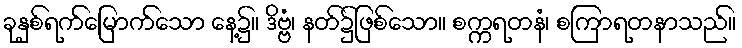
ခုနှစ်ရက်မြောက်သော နေ့၌။ ဒိဗ္ဗံ၊ နတ်၌ဖြစ်သော။ စက္ကရတနံ၊ စကြာရတနာသည်။